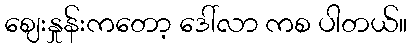
ဈေးနှုန်းကတော့ ဒေါ်လာ ကစ ပါတယ်။